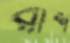
রাশ